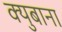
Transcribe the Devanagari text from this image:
क्युबाना